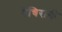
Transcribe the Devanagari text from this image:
बेचिरागी